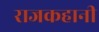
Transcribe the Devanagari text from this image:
राजकहानी